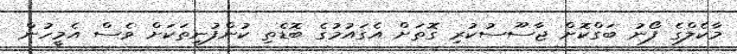
މާކެލްގެ ފޯނު ބަގްކޮށް ޖާސޫސުކުރި ގޮތަށް އެގައުމުގެ ބޮޑެތި ކުންފުނިތަކަށް ވެސް އެމީހުން